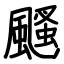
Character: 颾